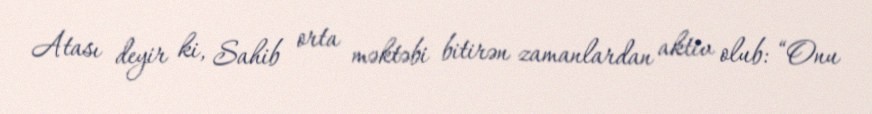
Atası deyir ki, Sahib orta məktəbi bitirən zamanlardan aktiv olub: “Onu